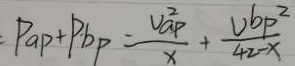
P _ { a p } + P _ { b p } = \frac { U _ { a P } ^ { 2 } } { x } + \frac { U b p ^ { 2 } } { 4 2 - x }